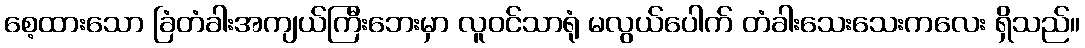
စေ့ထားသော ခြံတံခါးအကျယ်ကြီးဘေးမှာ လူဝင်သာရုံ မလွယ်ပေါက် တံခါးသေးသေးကလေး ရှိသည်။